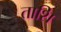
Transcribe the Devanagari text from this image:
ताशि